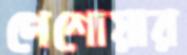
পেশোয়ার